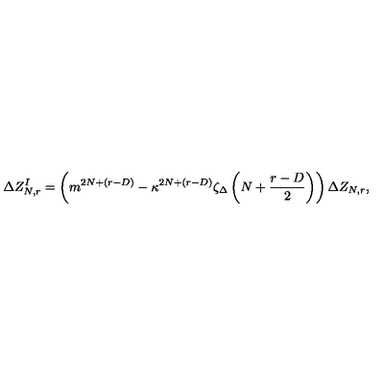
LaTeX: \Delta Z _ { N , r } ^ { I } = \left( m ^ { 2 N + ( r - D ) } - \kappa ^ { 2 N + ( r - D ) } \zeta _ { \Delta } \left( N + \frac { r - D } { 2 } \right) \right) \Delta Z _ { N , r } ,